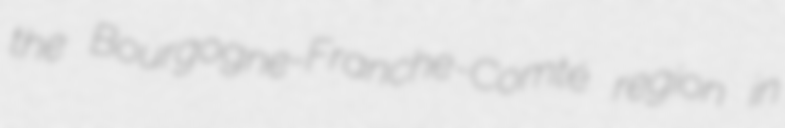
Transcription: the Bourgogne-Franche-Comté region in